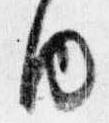
内